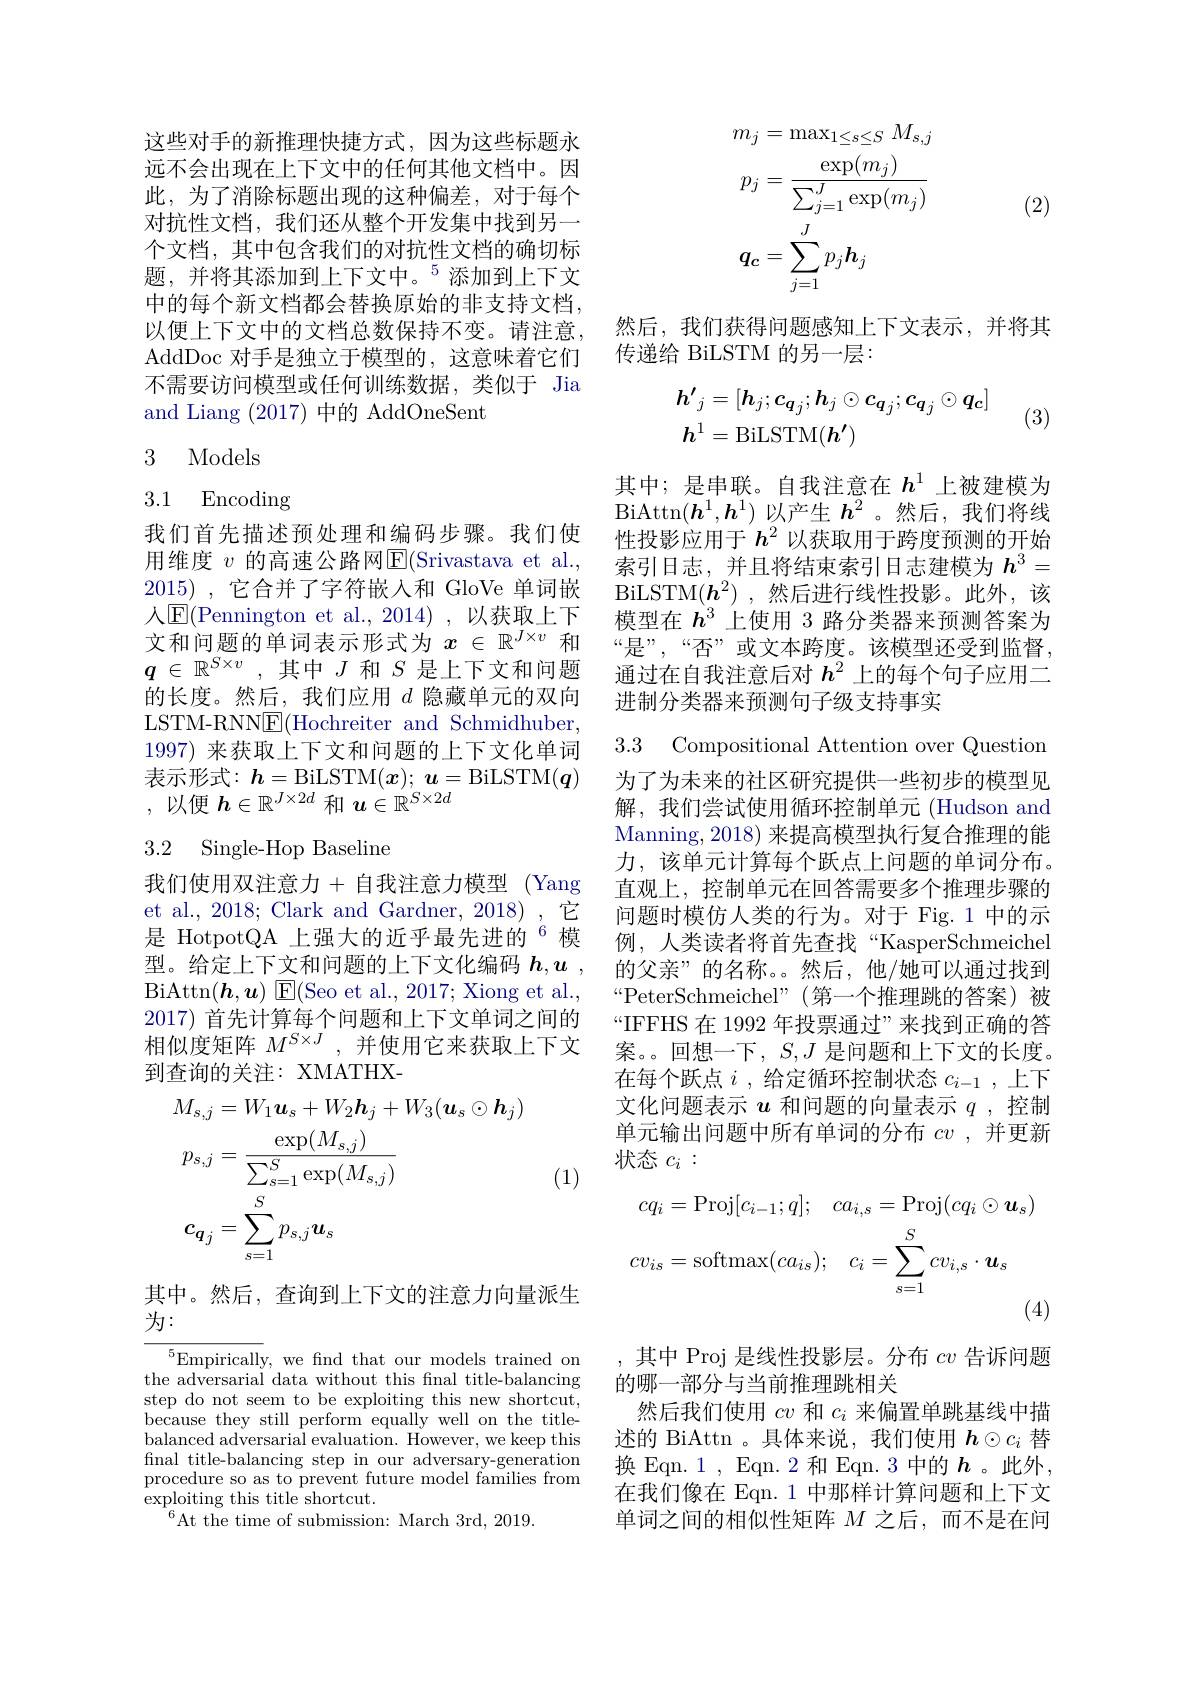
这些对手的新推理快捷方式，因为这些标题永远不会出现在上下文中的任何其他文档中。因此，为了消除标题出现的这种偏差，对于每个对抗性文档，我们还从整个开发集中找到另一个文档，其中包含我们的对抗性文档的确切标题，并将其添加到上下文中。$^{5}$添加到上下文中的每个新文档都会替换原始的非支持文档， 以便上下文中的文档总数保持不变。请注意， AddDoc 对手是独立于模型的，这意味着它们不需要访问模型或任何训练数据，类似于 Jia and Liang (2017)中的 AddOneSent

3 Models

3.1 Encoding

我们首先描述预处理和编码步骤。我们使用维度 $v$ 的高速公路网E(Srivastava et al., 2015) ,它合并了字符嵌入和 GloVe 单词嵌人${\mathrm{E}}($Pennington et al., 2014), 以获取上下文和问题的单词表示形式为$x\in\mathbb{R}^J\times v$和$q\in\mathbb{R}^{S\times v}$,其中$J$ 和$S$ 是上下文和问题的长度。然后，我们应用$d$隐藏单元的双向LSTM-RNN$\underline{\mathrm{E}}($Hochreiter and Schmidhuber, 1997) 来获取上下文和问题的上下文化单词表示形式：$h=$BiLSTM$(x);\boldsymbol u=$BiLSTM$(\boldsymbol q)$ ,以便$\boldsymbol{h}\in\mathbb{R}^J\times2d$和$\boldsymbol u\in\mathbb{R}^S\times2d$

# 3.2 Single-Hop Baseline

我们使用双注意力+自我注意力模型(Yang et al., 2018; Clark and Gardner, 2018) ,它是 HotpotQA 上强大的近乎最先进的$^{6}$模型。给定上下文和问题的上下文化编码$\boldsymbol{h},\boldsymbol{u}$ , $\operatorname{BiAttn}(\boldsymbol{h},\boldsymbol{u})\operatorname{E}(\operatorname{Seo~et~al.,~2017;~Xiong~et~al.}$, 2017)首先计算每个问题和上下文单词之间的相似度矩阵$M^{S\times J}$,并使用它来获取上下文到查询的关注：XMATHX-

(1)
$$\begin{aligned}&M_{s,j}=W_{1}\boldsymbol{u}_{s}+W_{2}\boldsymbol{h}_{j}+W_{3}(\boldsymbol{u}_{s}\odot\boldsymbol{h}_{j})\\&p_{s,j}=\frac{\exp(M_{s,j})}{\sum_{s=1}^{S}\exp(M_{s,j})}\\&c_{\boldsymbol{q}_{j}}=\sum_{s=1}^{S}p_{s,j}\boldsymbol{u}_{s}\end{aligned}$$
其中。然后，查询到上下文的注意力向量派生
为：

$^{5}$Empirically, we fnd that our models trained on the adversarial data without this fnal title-balancing step do not seem to be exploiting this new shortcut, because they still perform equally well on the titlebalanced adversarial evaluation. However, we keep this final title-balancing step in our adversary-generation procedure so as to prevent future model families from exploiting this title shortcut.
$^{6}$At the time of submission: March 3rd, 2019.
$$\begin{aligned}&m_{j}=\max_{1\leq s\leq S}\:M_{s,j}\\&p_{j}=\frac{\exp(m_{j})}{\sum_{j=1}^{J}\exp(m_{j})}\\&q_{c}=\sum_{j=1}^{J}p_{j}h_{j}\end{aligned}$$
(2)

然后，我们获得问题感知上下文表示，并将其
传递给 BiLSTM 的另一层：
$$\begin{aligned}&h^{\prime}{}_{j}=[h_{j};c_{q_{j}};h_{j}\odot c_{q_{j}};c_{q_{j}}\odot q_{c}]\\&h^{1}=\mathrm{BiLSTM}(h^{\prime})\end{aligned}$$
(3)

其中；是串联。自我注意在$h^{1}$上被建模为$\operatorname{BiAttn}(\boldsymbol{h}^1,\boldsymbol{h}^1)$以产生$\boldsymbol h^2$ 。然后，我们将线性投影应用于$h^2$以获取用于跨度预测的开始索引日志，并且将结束索引日志建模为$h^3=$ BiLSTM$(\boldsymbol{h}^{2})$ ,然后进行线性投影。此外，该模型在$h^3$上使用 3 路分类器来预测答案为“是””,“否”或文本跨度。该模型还受到监督。通过在自我注意后对$h^{2}$上的每个句子应用二进制分类器来预测句子级支持事实

3.3 Compositional Attention over Question

为了为未来的社区研究提供一些初步的模型见解，我们尝试使用循环控制单元 (Hudson and Manning, 2018) 来提高模型执行复合推理的能力，该单元计算每个跃点上问题的单词分布。直观上，控制单元在回答需要多个推理步骤的问题时模仿人类的行为。对于 Fig.1 中的示例，人类读者将首先查找“KasperSchmeichel 的父亲”的名称。。然后，他/她可以通过找到“PeterSchmeichel”(第一个推理跳的答案)被“IFFHS 在 1992 年投票通过”来找到正确的答案。。回想一下，$S,J$是问题和上下文的长度。在每个跃点$i$ ,给定循环控制状态$c_i-1$ ,上下文化问题表示$u$和问题的向量表示$q$ ,控制单元输出问题中所有单词的分布$cv$ ,并更新状态$c_i:$
$$\begin{aligned}cq_{i}&=\mathrm{Proj}[c_{i-1};q];\quad ca_{i,s}=\mathrm{Proj}(cq_{i}\odot\boldsymbol{u}_{s})\\cv_{is}&=\mathrm{softmax}(ca_{is});\quad c_{i}=\sum_{s=1}^{S}cv_{i,s}\cdot\boldsymbol{u}_{s}\\&&(4\end{aligned}$$
其中 Proj 是线性投影层。分布$cv$告诉问题
的哪一部分与当前推理跳相关
然后我们使用$cv$和$c_i$来偏置单跳基线中描述的 BiAttn 。具体来说，我们使用$h\odot c_i$替换 Eqn. 1 , Eqn. 2 和 Eqn. 3 中的$h$ 。此外， 在我们像在 Eqn. 1 中那样计算问题和上下文单词之间的相似性矩阵$M$之后，而不是在问